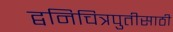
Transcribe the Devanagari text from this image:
द्वनिचित्रपुतीसाठी